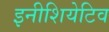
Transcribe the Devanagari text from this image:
इनीशियेटिव